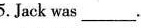
5. Jack was ___.